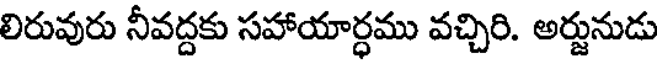
లిరువురు నీవద్దకు సహాయార్ధము వచ్చిరి. అర్జునుడు